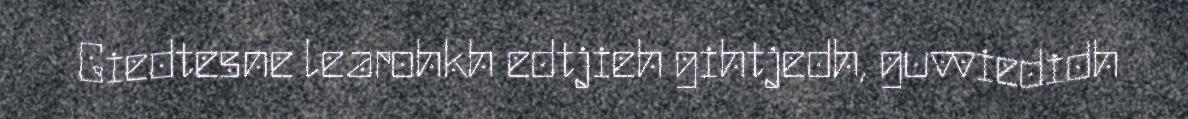
Giedtesne learohkh edtjieh gihtjedh, guvviedidh